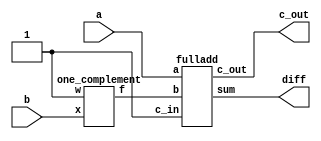
module twos_complement_subtract (diff, c_out, a, b);

    input a, b;
    output diff, c_out;

    wire ocb;

    one_complement oc1 (ocb, b, 1'b1);
    fulladd fa1 (diff, c_out, a, ocb, 1'b1);

endmodule

module fulladd(sum, c_out, a, b, c_in);

    input a, b, c_in;
    output sum, c_out;

    assign sum = (~a && ~b && c_in) || (~a && b && ~c_in) || (a && ~b && ~c_in) || (a&&b&&c_in);
    assign c_out = a && b  || ((a^b) && c_in);

endmodule



module one_complement(f, x, w);

    input x, w;
    output f;
    
    assign f = x ^ w;

endmodule